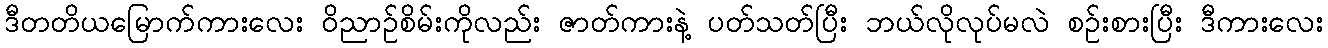
ဒီတတိယမြောက်ကားလေး ဝိညာဉ်စိမ်းကိုလည်း ဇာတ်ကားနဲ့ ပတ်သတ်ပြီး ဘယ်လိုလုပ်မလဲ စဉ်းစားပြီး ဒီကားလေး